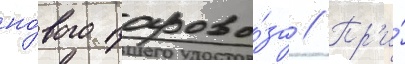
но́вого парово́за // Пр'и́